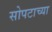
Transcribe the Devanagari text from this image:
सोपटाच्या